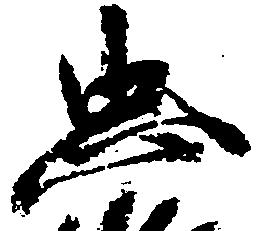
忠